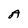
Character: A